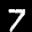
Label: 7